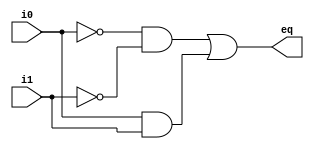
`timescale 1ns / 1ps

module eq1(
	input wire i0,i1,
	output wire eq
    );
	// signal declaration 
	wire p0, pl; 

	// body 
	// sum of two product terms 
	assign eq = p0 || pl; 
	
	// product terms 
	assign p0 = ~i0 & ~i1; 
	assign pl = i0 & i1;

endmodule